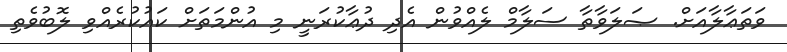
ވަތަޢާލާއަށް. ޞަލަވާތާ ސަލާމް ލެއްވުން އެދި ދުޢާކުރަނީ މި އުންމަތަށް ކައުކުރެއްވި ލޮބުވެތި